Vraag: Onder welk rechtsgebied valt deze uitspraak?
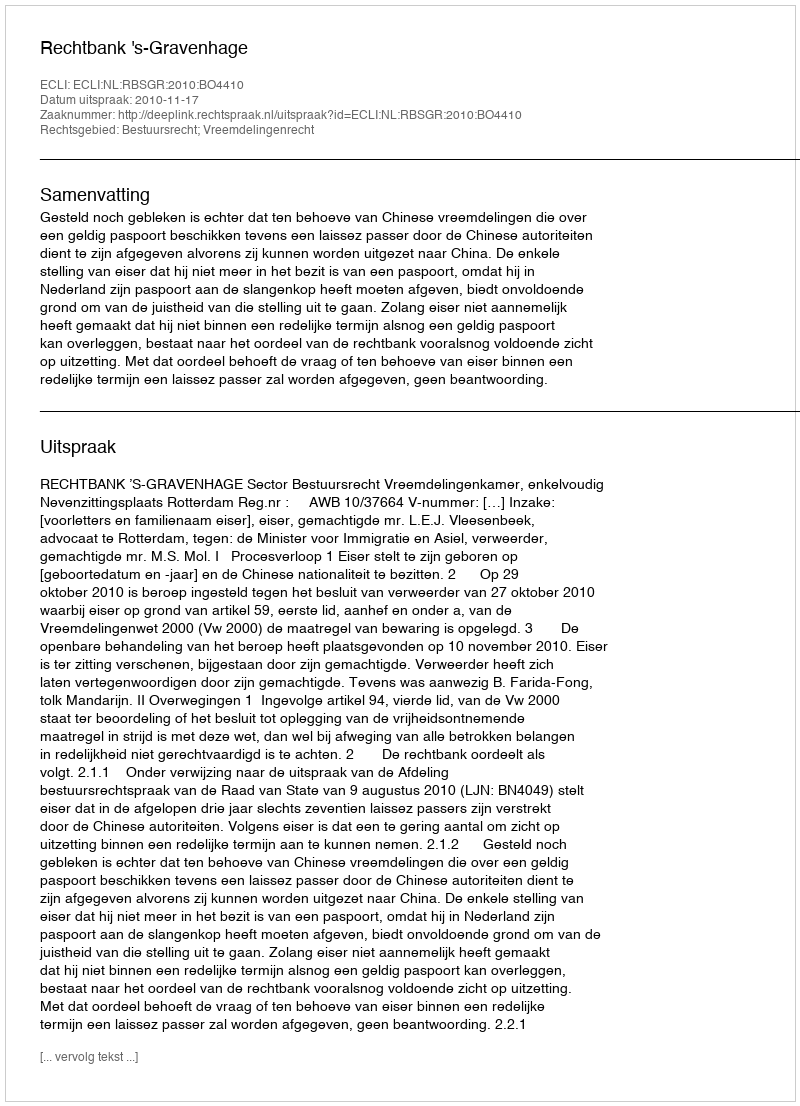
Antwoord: Bestuursrecht; Vreemdelingenrecht